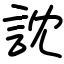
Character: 訦